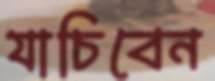
যাচিবেন